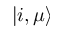
\left| i , \mu \right>